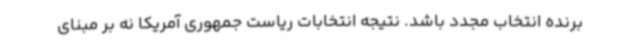
برنده انتخاب مجدد باشد. نتیجه انتخابات ریاست جمهوری آمریکا نه بر مبنای